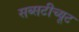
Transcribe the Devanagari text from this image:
सब्सटीच्यूट